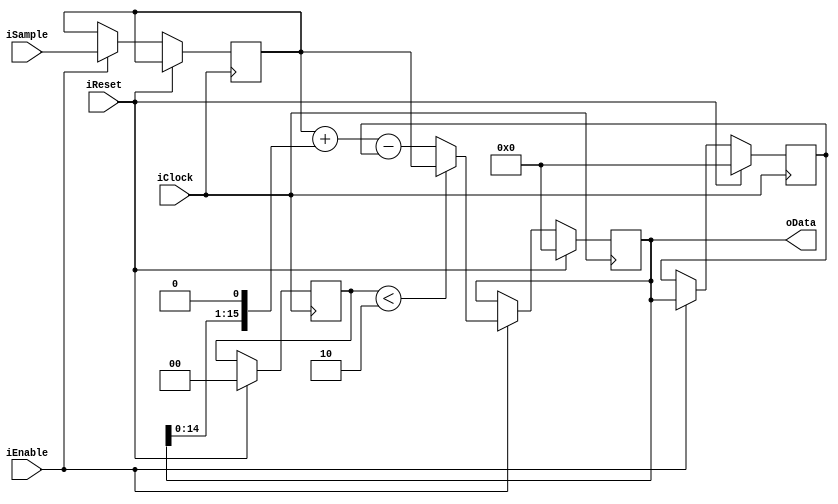
module FixedDecoderOrder2(input iClock,
                    input iReset, 
                    input iEnable, 
                    input signed [15:0] iSample, 
                    output signed [15:0] oData);
                        
reg signed [15:0] dataq0;
reg signed [15:0] dataq1;
reg signed [15:0] SampleD1;
reg [1:0] warmup_count;

assign oData = dataq0;

always @(posedge iClock)
begin
    
    if (iReset) begin
        warmup_count <= 2'b0;
        dataq0 <= 15'b0;
        dataq1 <= 15'b0;
    end else if (iEnable) begin
        SampleD1 <= iSample;
        
        dataq1 <= dataq0;
        
        if (warmup_count < 2'd2) begin
            dataq0 <= SampleD1;
        end else begin
            /* iSample + 2*dataq0 - dataq1
             * 2*dataq0 == dataq0 << 1
             * dataq0 << 1 == {dataq0, 1'b0 */
            dataq0 <= SampleD1 + {dataq0, 1'b0} - dataq1;
        end
    end
end
endmodule